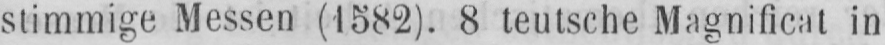
stimmige Messen (1582). 8 teutsche Magniflcat in